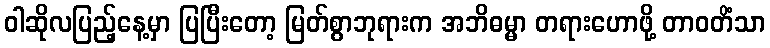
ဝါဆိုလပြည့်နေ့မှာ ပြပြီးတော့ မြတ်စွာဘုရားက အဘိဓမ္မာ တရားဟောဖို့ တာဝတိံသာ